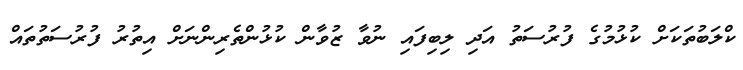
ކްލަބުތަކަށް ކުޅުމުގެ ފުރުސަތު އަދި ލިބިފައި ނުވާ ޒުވާން ކުޅުންތެރިންނަށް އިތުރު ފުރުސަތުތައް